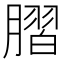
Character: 䐲